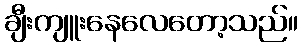
ချီးကျူးနေလေတော့သည်။